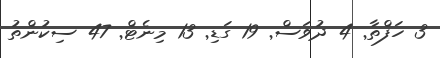
3 ހަފްތާ